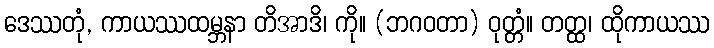
ဒေဿတုံ, ကာယဿထမ္ဘနာ တိအာဒိ၊ ကို။ (ဘဂဝတာ) ဝုတ္တံ။ တတ္ထ၊ ထိုကာယဿ